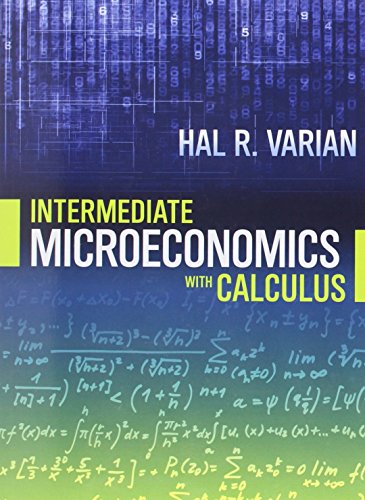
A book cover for Intermediate Microeconomics with Calculus: A Modern Approach; Hal R. Varian; Business & Money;